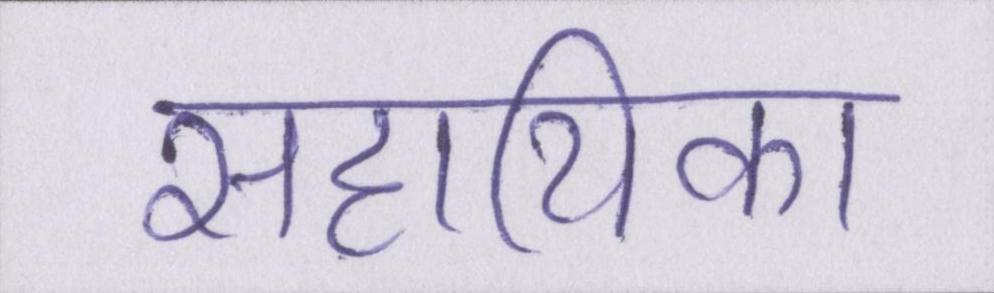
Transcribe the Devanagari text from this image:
सहायिका